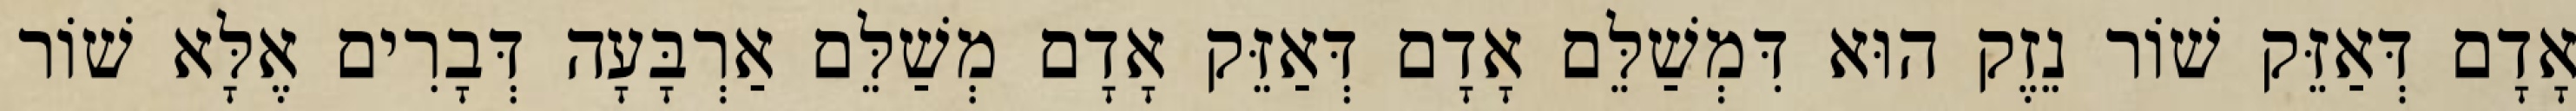
אָדָם דְּאַזֵּק שׁוֹר נֵזֶק הוּא דִּמְשַׁלֵּם אָדָם דְּאַזֵּק אָדָם מְשַׁלֵּם אַרְבָּעָה דְּבָרִים אֶלָּא שׁוֹר